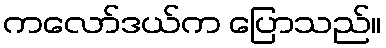
ကလော်ဒယ်က ပြောသည်။